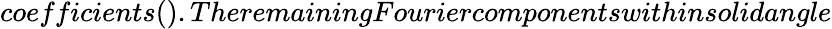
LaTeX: coefficients().TheremainingFouriercomponentswithinsolidangle